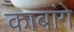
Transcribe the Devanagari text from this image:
काबांगे